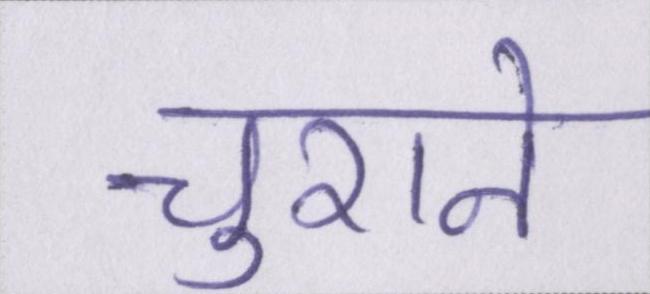
चुराने